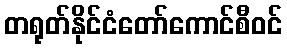
တရုတ်နိုင်ငံတော်ကောင်စီဝင်